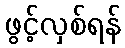
ဖွင့်လှစ်ရန်